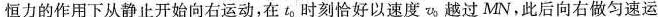
恒力的作用下从静止开始向右运动，在t_{0}时刻恰好以速度v_{0}越过MN，此后向右做匀速运